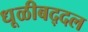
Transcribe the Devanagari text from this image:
धूळीबद्दल